Leaving Certificate Examination (including Day School Certificate (Higher) General paper), 1936
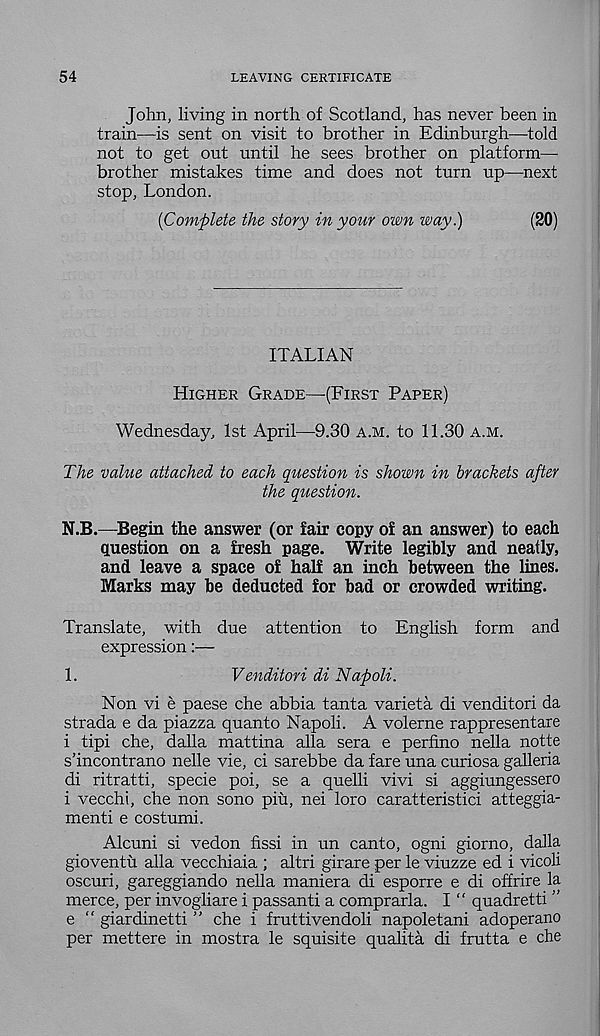
54
LEAVING CERTIFICATE
John, living in north of Scotland, has never been in
train—is sent on visit to brother in Edinburgh—told
not to get out until he sees brother on platform-
brother mistakes time and does not turn up—next
stop, London.
{Complete the story in your own way.)
(20)
ITALIAN
Higher Grade—(First Paper)
Wednesday, 1st April—9.30 a.m. to 11.30 a.m.
The value attached to each question is shown in brackets after
the question.
N.B.—Begin the answer (or fair copy of an answer) to each
question on a fresh page. Write legibly and neatly,
and leave a space of half an inch between the lines.
Marks may be deducted for bad or crowded writing.
Translate, with due attention to English form and
expression:—
1.
Venditori di Napoli.
Non vi e paese che abbia tanta varieta di venditori da
strada e da piazza quanto Napoli. A volerne rappresentare
i tipi che, dalla mattina alia sera e perfino nella notte
s’incontrano nelle vie, ci sarebbe da fare una curiosa galleria
di ritratti, specie poi, se a quelli vivi si aggiungessero
i veccht, che non sono piu, nei loro caratteristici atteggia-
menti e costumi.
Alcuni si vedon fissi in un canto, ogni giorno, dalla
gioventu alia vecchiaia ; altri girare per le viuzze ed i vicoli
oscuri, gareggiando nella maniera di esporre e di offrire la
merce, per invogliare i passanti a comprarla. I “ quadretti ”
e “ giardinetti ” che i fruttivendoli napoletani adoperano
per mettere in mostra le squisite qualita di frutta e che